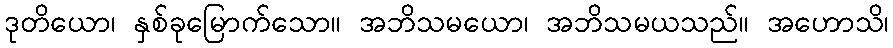
ဒုတိယော၊ နှစ်ခုမြောက်သော။ အဘိသမယော၊ အဘိသမယသည်။ အဟောသိ၊